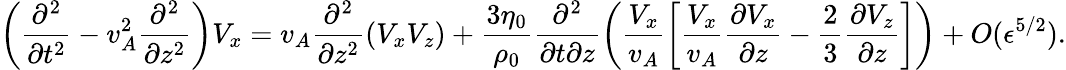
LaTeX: \left(\frac{\partial^{2}}{\partial t^{2}}-v_{A}^{2}\frac{\partial^{2}}{\partial z^{2}}\right)V_{x}=v_{A}\frac{\partial^{2}}{\partial z^{2}}\left(V_{x}V_{z}\right)+\frac{3\eta_{0}}{\rho_{0}}\frac{\partial^{2}}{\partial t\partial z}\left(\frac{V_{x}}{v_{A}}\left[\frac{V_{x}}{v_{A}}\frac{\partial V_{x}}{\partial z}-\frac{2}{3}\frac{\partial V_{z}}{\partial z}\right]\right)+O(\epsilon^{5/2}).